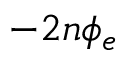
- 2 n \phi _ { e }